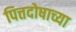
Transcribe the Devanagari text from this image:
पित्तदोषाच्या